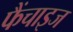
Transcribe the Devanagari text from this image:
फैंचाइज